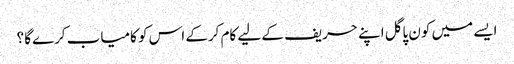
ایسے میں کون پاگل اپنے حریف کے لیے کام کرکے اس کو کامیاب کرےگا ؟